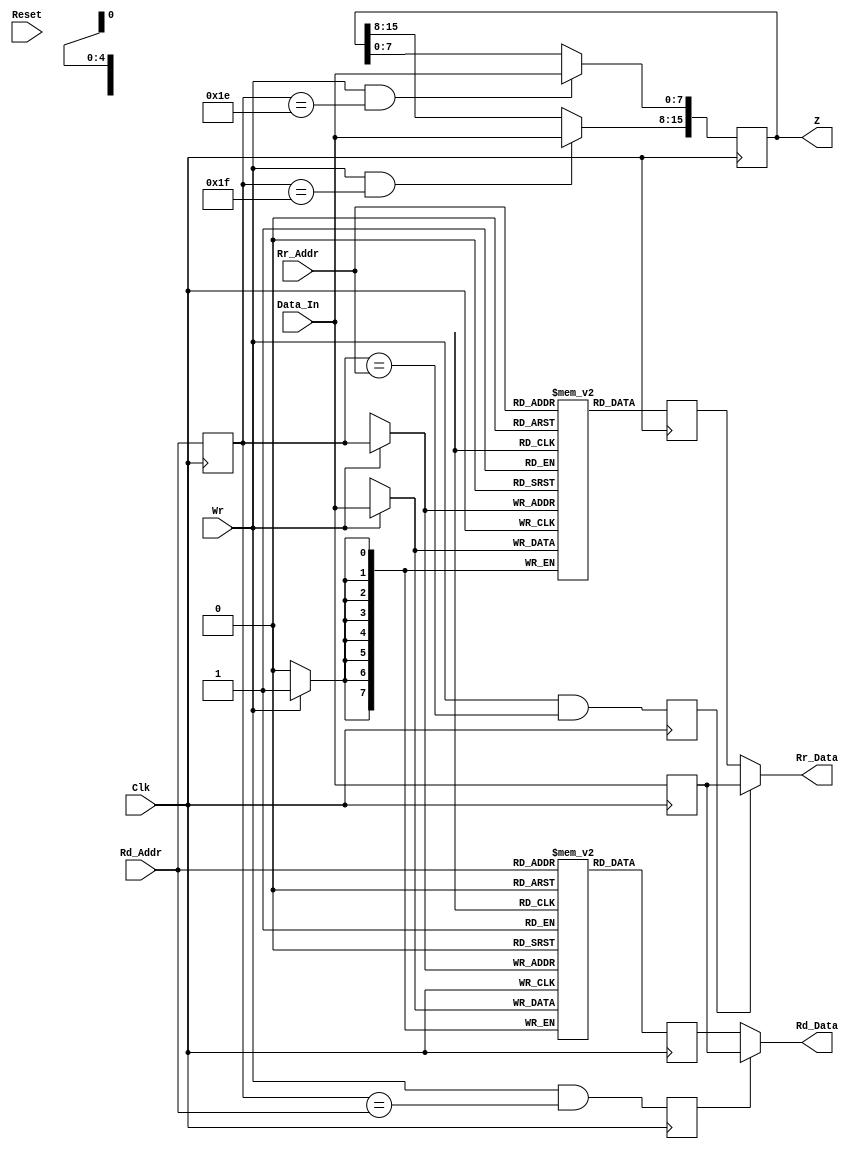
/*
 * Copyright 2018 MicroFPGA UG
 * Apache 2.0 License
 */


module mf8_reg(Clk, Reset, Wr, Rd_Addr, Rr_Addr, Data_In, Rd_Data, Rr_Data, Z);
	input Clk;
	input Reset;
	input Wr;
	input [4:0] Rd_Addr;
	input [4:0] Rr_Addr;
	input [7:0] Data_In;
	output [7:0] Rd_Data;
	output [7:0] Rr_Data;
	output [15:0] Z;
	reg    [15:0] Z;

	// Write Address Buffer
	reg [4:0] RAM_Write_Address;
	always @(posedge Clk) begin
		RAM_Write_Address <= Rd_Addr;
	end

	// RAM D
	reg [7:0] RAMD [31:0];
	reg [7:0] RAMD_Out;

	always @(posedge Clk) begin
		if (Wr) RAMD[RAM_Write_Address] <= Data_In;
		RAMD_Out <= RAMD[Rd_Addr];
	end

	// RAM R
	reg [7:0] RAMR [31:0];
	reg [7:0] RAMR_Out;

	always @(posedge Clk) begin
		if (Wr) RAMR[RAM_Write_Address] <= Data_In;
		RAMR_Out <= RAMR[Rr_Addr];
	end

	// Bypass
	reg [7:0] Write_Data;
	reg Bypass_D;
	reg Bypass_R;
	always @(posedge Clk) begin
		Bypass_D <= Wr & (RAM_Write_Address == Rd_Addr);
		Bypass_R <= Wr & (RAM_Write_Address == Rr_Addr);
		Write_Data <= Data_In;
	end

	assign Rd_Data = Bypass_D? Write_Data : RAMD_Out;
	assign Rr_Data = Bypass_R? Write_Data : RAMR_Out;

	// Z Register
	always @(posedge Clk) begin
		if (Wr & RAM_Write_Address == 5'b11110) begin
			Z[7:0]	<= Data_In;
		end
		if (Wr & RAM_Write_Address == 5'b11111) begin
			Z[15:8]	<= Data_In;
		end
	end
endmodule